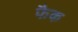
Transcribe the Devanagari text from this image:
फैक